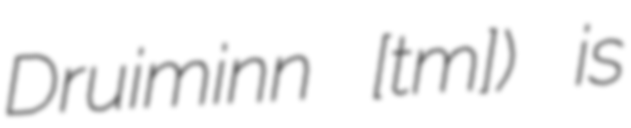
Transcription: Druiminn [ˈt̪ɾɯmɪɲ]) is